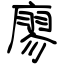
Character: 廖